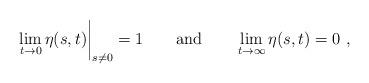
LaTeX: \begin{align*} \lim_{t\to 0} \eta(s,t)\bigg|_{s\neq 0} = 1 \qquad {\rm and} \qquad \lim_{t\to\infty} \eta(s,t) = 0 \ ,\end{align*}